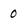
Character: 0